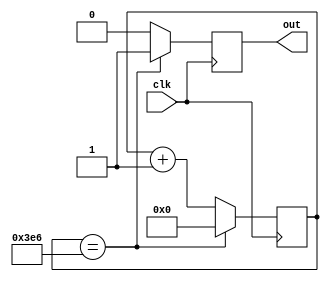
// timmer,  generates one pulse of clk period width each PERIOD count of clk

// parameter 2^WIDTH must be bigger then PERIOD
// parameter PERIOD must be bigger then 2

module timer #(parameter WIDTH = 32, parameter PERIOD = 1000)(
	input  clk,
	output reg out
	);
	
	reg [WIDTH - 1:0] cnt = 0;
	
// TASK 1a: here is a place for your code
	always @(posedge clk) begin
		cnt <= cnt + 1;
		
		if (cnt == PERIOD - 2) begin
			out <= 1;
			cnt <= 0;
		end else begin
			out <= 0;
		end;
	end

endmodule